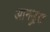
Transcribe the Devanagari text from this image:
आनड्रुस